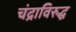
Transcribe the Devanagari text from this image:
चंद्राविरुद्ध